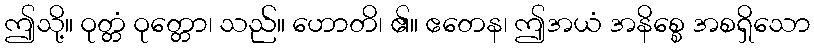
ဤသို့။ ဝုတ္တံ ဝုတ္တော၊ သည်။ ဟောတိ၊ ၏။ ဧတေန၊ ဤအယံ အနိစ္စေ အစရှိသော